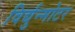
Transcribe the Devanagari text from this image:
विर्द्युन्मोटर